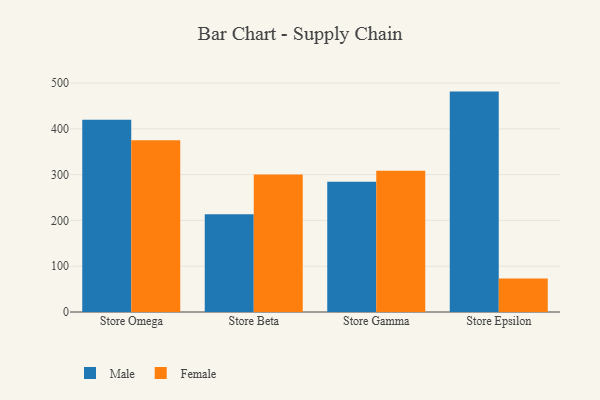
{"axis": {"x": "Store", "y": "Satisfaction Score"}, "legend": ["Female", "Male"], "data": [{"x": "Store Omega", "y": 419.7, "type": "Male"}, {"x": "Store Omega", "y": 375.2, "type": "Female"}, {"x": "Store Beta", "y": 213.7, "type": "Male"}, {"x": "Store Beta", "y": 300.0, "type": "Female"}, {"x": "Store Gamma", "y": 284.7, "type": "Male"}, {"x": "Store Gamma", "y": 308.6, "type": "Female"}, {"x": "Store Epsilon", "y": 481.3, "type": "Male"}, {"x": "Store Epsilon", "y": 73.0, "type": "Female"}]}